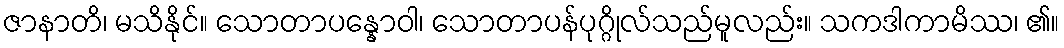
ဇာနာတိ၊ မသိနိုင်။ သောတာပန္နောဝါ၊ သောတာပန်ပုဂ္ဂိုလ်သည်မူလည်း။ သကဒါကာမိဿ၊ ၏။